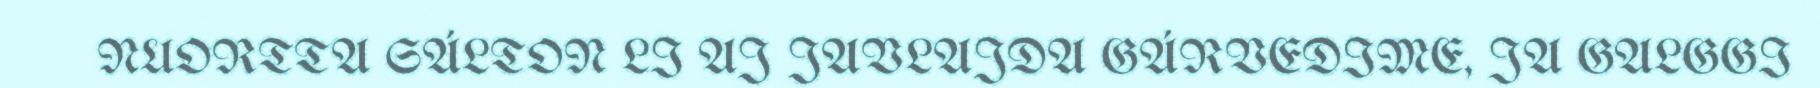
NUORTTA SÁLTON LI AJ JAVLAJDA GÁRVEDIME, JA GALGGI